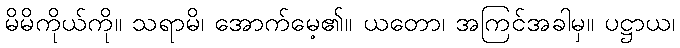
မိမိကိုယ်ကို။ သရာမိ၊ အောက်မေ့၏။ ယတော၊ အကြင်အခါမှ။ ပဋ္ဌာယ၊